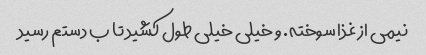
نیمی از غذا سوخته. و خیلی خیلی طول کشید تا ب دستم رسید